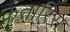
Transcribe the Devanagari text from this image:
कतारिस